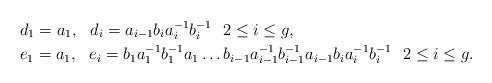
LaTeX: \begin{align*}& d_1 = a_1, \:\:\: d_i = a_{i-1} b_{i} a_{i}^{-1} b_{i}^{-1} \:\:\: 2 \leq i \leq g, \\& e_1 = a_1, \:\:\: e_i = b_1 a_1^{-1} b_1^{-1} a_1 \ldots b_{i-1} a_{i-1}^{-1} b_{i-1}^{-1} a_{i-1} b_i a_i^{-1} b_i^{-1} \:\:\: 2 \leq i \leq g.\end{align*}